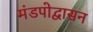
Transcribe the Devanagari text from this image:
मंडपोद्वासन